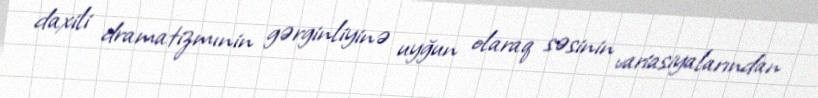
daxili dramatizmınin gərginliyinə uyğun olaraq səsinin variasiyalarından